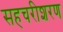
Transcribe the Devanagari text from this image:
सहचरीशरण